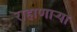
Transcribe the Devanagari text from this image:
राहाणाऱ्या